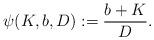
LaTeX: \begin{align*}\psi(K,b,D):=\frac{b+K}{D}.\end{align*}